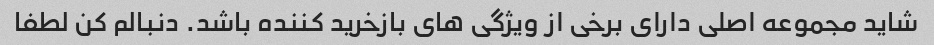
شاید مجموعه اصلی دارای برخی از ویژگی های بازخرید کننده باشد. دنبالم کن لطفا